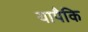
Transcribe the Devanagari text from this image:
यापैकि